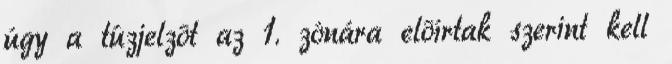
úgy a tûzjelzõt az 1. zónára elõírtak szerint kell